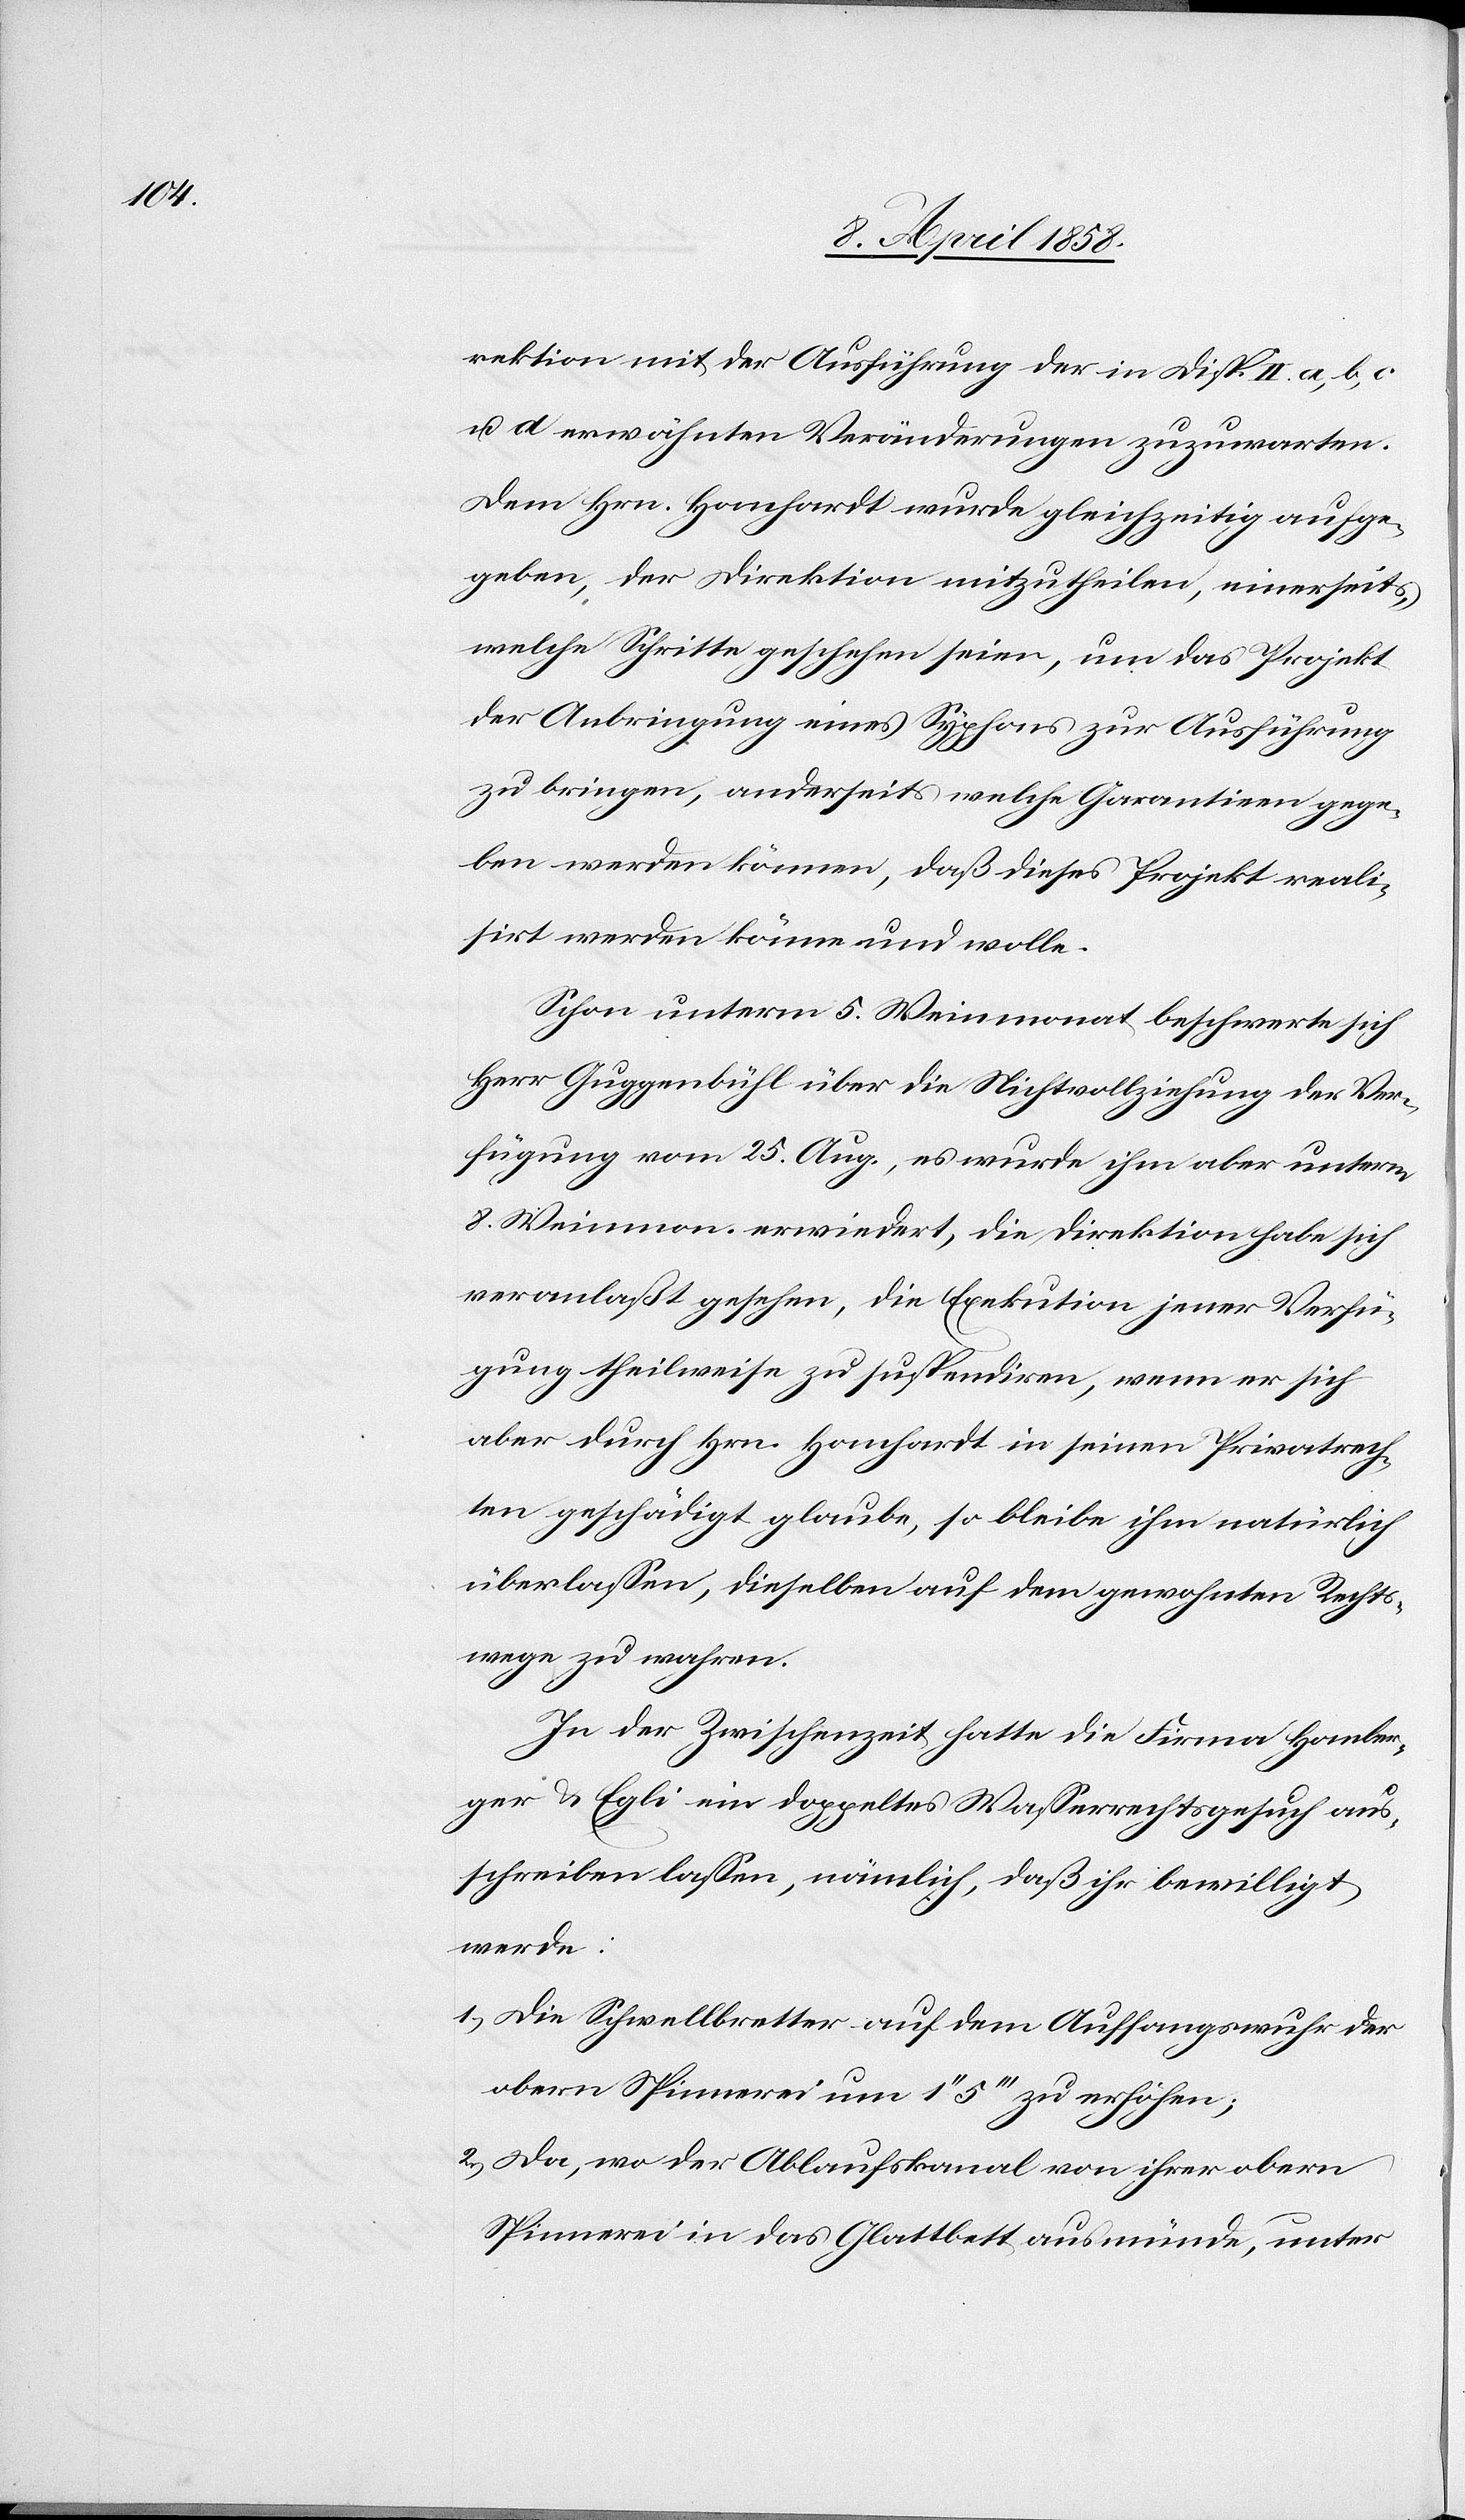
rektion mit der Ausführung der in Disp. II a, b, c
u. d erwähnten Veränderungen zuzuwarten.
Dem Hrn. Hanhardt wurde gleichzeitig aufge¬
geben, der Direktion mitzutheilen, einerseits,
welche Schritte geschehen seien, um das Projekt
der Anbringung eines Syphons zur Ausführung
zu bringen, anderseits welche Garantien gege¬
ben werden können, daß dieses Projekt reali¬
sirt werden könne und wolle.
Schon unterm 5. Weinmonat beschwerte sich
Herr Guggenbühl über die Nichtvollziehung der Ver¬
fügung vom 25. Aug., es wurde ihm aber unterm
8. Weinmonat erwiedert, die Direktion habe sich
veranlaßt gesehen, die Exekution jener Verfü¬
gung theilweise zu suspendiren, wenn er sich
aber durch Hrn. Hanhardt in seinen Privatrech¬
ten geschädigt glaube, so bleibe ihm natürlich
überlassen, dieselben auf dem gewohnten Rechts¬
wege zu wahren.
In der Zwischenzeit hatte die Firma Homber¬
ger & Egli ein doppeltes Wasserrechtsgesuch aus¬
schreiben lassen, nämlich, daß ihr bewilligt
werde:
1.) Die Schwellbretter auf dem Auffangswuhr der
obern Spinnerei um 1’’ 5’’’ zu erhöhen;
2.) Da, wo der Ablaufskanal von ihrer obern
Spinnerei in das Glattbett ausmünde, unter